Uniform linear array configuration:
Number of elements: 12
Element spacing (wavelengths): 0.75
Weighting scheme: exponential
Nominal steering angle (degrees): -15
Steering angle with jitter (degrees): -13.835
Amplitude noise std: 0.05
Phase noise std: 0.05

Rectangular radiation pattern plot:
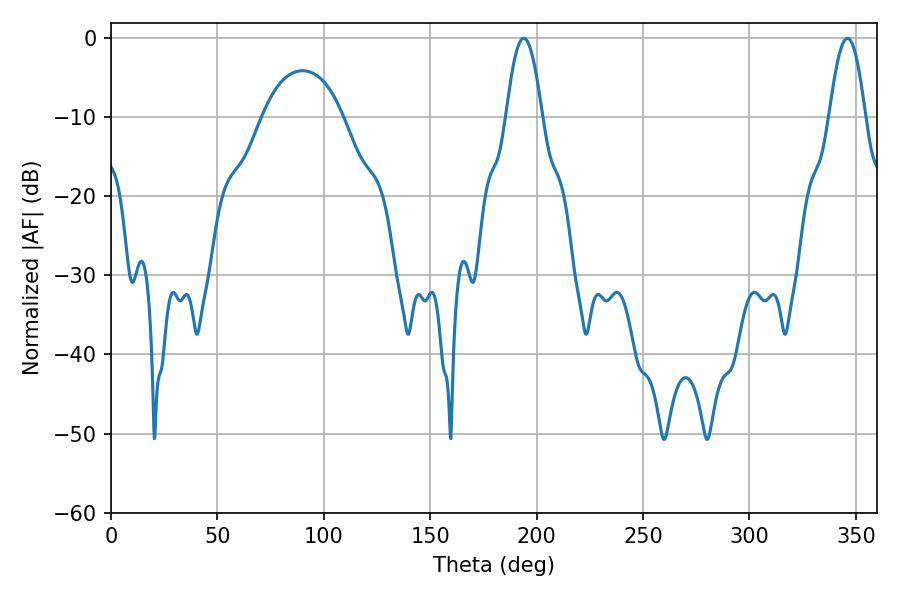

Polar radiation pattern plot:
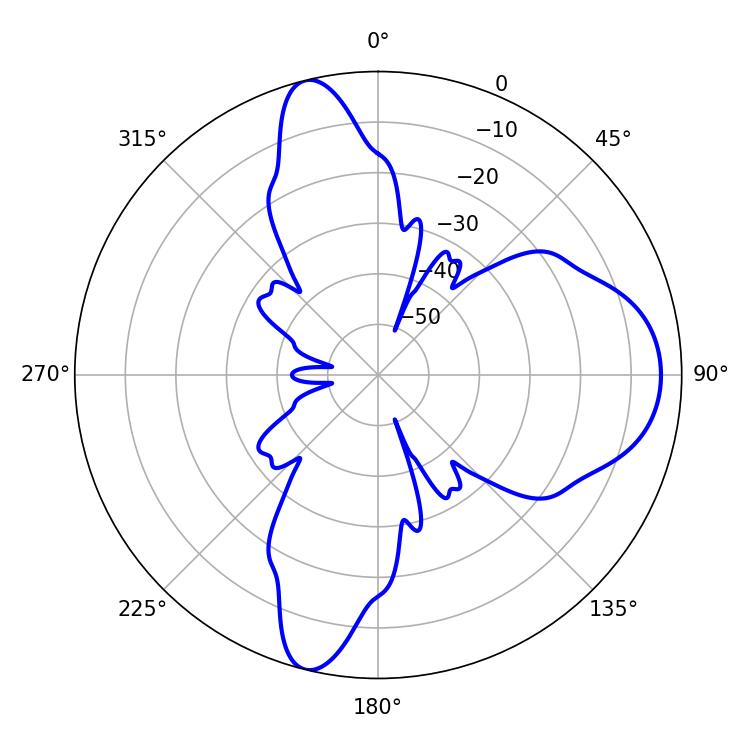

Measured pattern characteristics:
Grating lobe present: TRUE
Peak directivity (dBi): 12.384
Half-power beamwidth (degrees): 9.18
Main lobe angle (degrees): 346.14